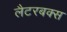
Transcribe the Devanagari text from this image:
लैटरबक्स